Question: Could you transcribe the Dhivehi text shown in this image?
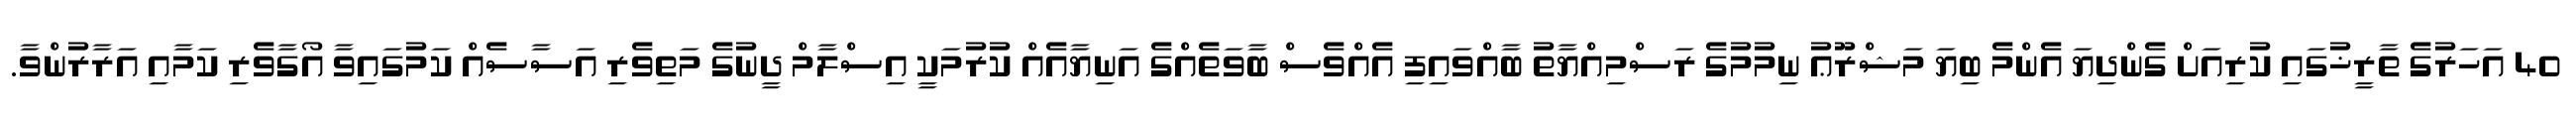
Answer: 40 އަހަރުގެ ތާރީޚުގައި ކުރިއަށް ގެންދިޔަ އެންމެ ބިޔަ މަޝްރޫޢު ނިމުމުގެ ރަސްމިއްޔާތު ބާއްވައިފި އެއްވެސް ބާވަތެއްގެ އަނިޔާއެއް ކުރުމަކީ އިސްލާމް ދީނުގެ މަތިވެރި އަސާސެއް ކަމުގައިވާ އޯގާވެރި ކަމާއި އަރާރުންވާ.